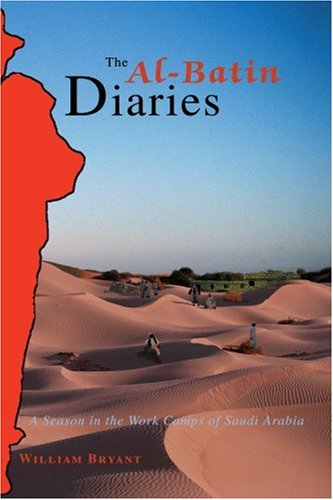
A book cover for The Al-Batin Diaries: A Season in the Work Camps of Saudi Arabia; William Bryant; Travel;